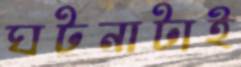
ঘটনাটাই